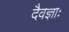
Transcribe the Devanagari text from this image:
दैवज्ञाः